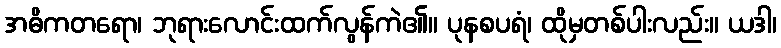
အဓိကတရော၊ ဘုရားလောင်းထက်လွန်ကဲ၏။ ပုနစပရံ၊ ထိုမှတစ်ပါးလည်း။ ယဒါ၊